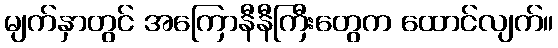
မျက်နှာတွင် အကြောနီနီကြီးတွေက ထောင်လျက်။